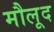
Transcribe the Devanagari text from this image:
मौलूद